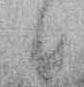
候